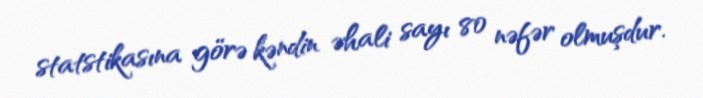
statstikasına görə kəndin əhali sayı 80 nəfər olmuşdur.